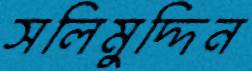
সলিমুদ্দিন